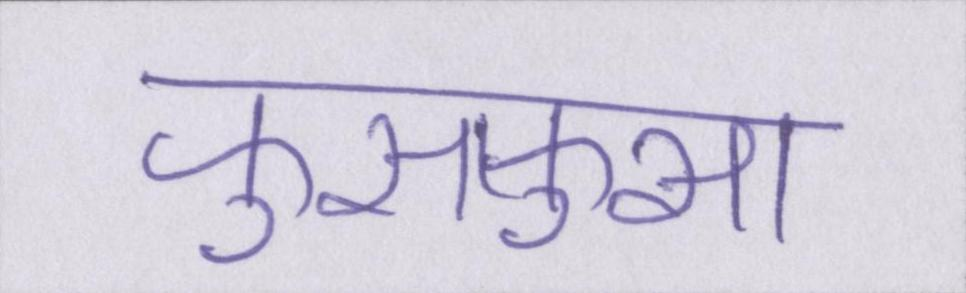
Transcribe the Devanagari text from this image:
फुसफुसा